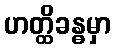
ဟတ္ထိခန္ဓမှာ